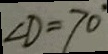
\angle D = 7 0 ^ { \circ }